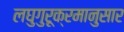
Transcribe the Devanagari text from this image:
लघुगुरूक्रमानुसार